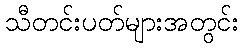
သီတင်းပတ်များအတွင်း